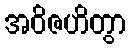
အဝိဇဟိတွာ